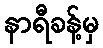
နာရီခန့်မှ